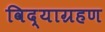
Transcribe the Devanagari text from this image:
विद्याग्रहण